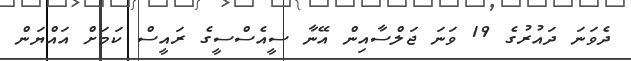
ދެވަނަ ދައުރުގެ 19 ވަނަ ޖަލްސާއިން އޭނާ ސީއެސްސީގެ ރައީސް ކަމަށް އައްޔަން